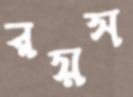
রয়স